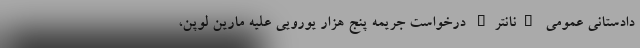
دادستانی عمومی "نانتر" درخواست جریمه پنج هزار یورویی علیه مارین لوپن،